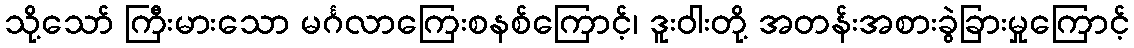
သို့သော် ကြီးမားသော မင်္ဂလာကြေးစနစ်ကြောင့်၊ ဒူးဝါးတို့ အတန်းအစားခွဲခြားမှုကြောင့်